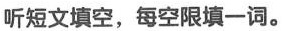
听短文填空，每空限填一词。